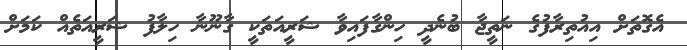
އެގޮތަށް އިއުތިރާފުގެ ނަތީޖާ ބުނެދީ ހިންގާފައިވާ ޝަރީއަތަކީ ގާނޫނާ ހިލާފު ޝަރީއަތެއް ކަމަށް